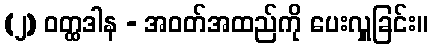
(၂) ဝတ္ထဒါန - အဝတ်အထည်ကို ပေးလှူခြင်း။